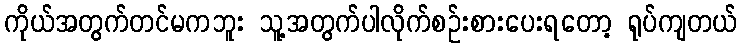
ကိုယ်အတွက်တင်မကဘူး သူ့အတွက်ပါလိုက်စဉ်းစားပေးရတော့ ရုပ်ကျတယ်